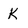
Character: k